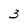
Character: 3